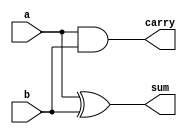
module halfadder(a,b,sum,carry);
input a,b;
output reg sum,carry;

always @(a,b)
  begin
    sum <=a^b;
    carry <=a&b;
  end
endmodule